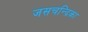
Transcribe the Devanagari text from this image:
जसचन्द्रिका